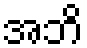
အဘိ